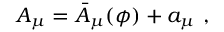
A _ { \mu } = \bar { A } _ { \mu } ( \phi ) + a _ { \mu } \ ,